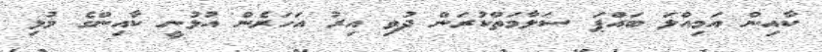
ކާއިން އަމިއްލަ ބައްޕަ ސަލާމަތްކުރަން ދުވި އިރު އަހަރެން އުޅުނީ ކާއިންގެ މުޅި